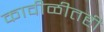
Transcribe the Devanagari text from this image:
कावीळीतही